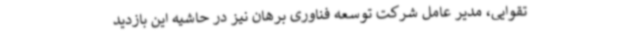
تقوایی، مدیر عامل شرکت توسعه فناوری برهان نیز در حاشیه این بازدید